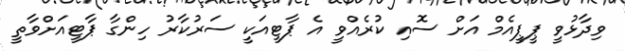
ވިދާޅުވީ ޕީޕީއެމް އަށް ސޮއި ކުރެއްވީ އެ ޕާޓީއަކީ ސަރުކާރު ހިންގާ ޕާޓީއަށްވާތީ